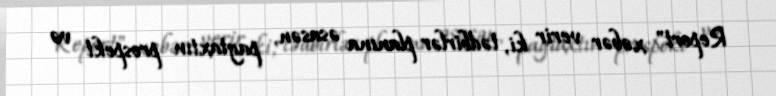
Report" xəbər verir ki, tədbirlər planına əsasən, paytaxtın prospekt və